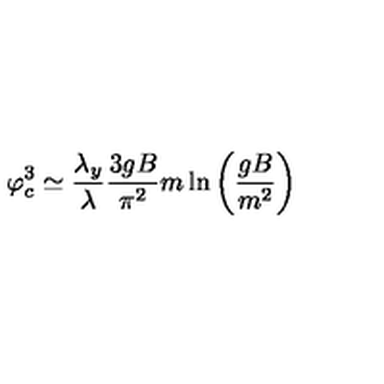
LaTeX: \varphi _ { c } ^ { 3 } \simeq \frac { \lambda _ { y } } { \lambda } \frac { 3 g B } { \pi ^ { 2 } } m \ln \left( \frac { g B } { m ^ { 2 } } \right)